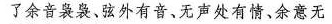
了余音袅袅、弦外有音、无声处有情、余意无